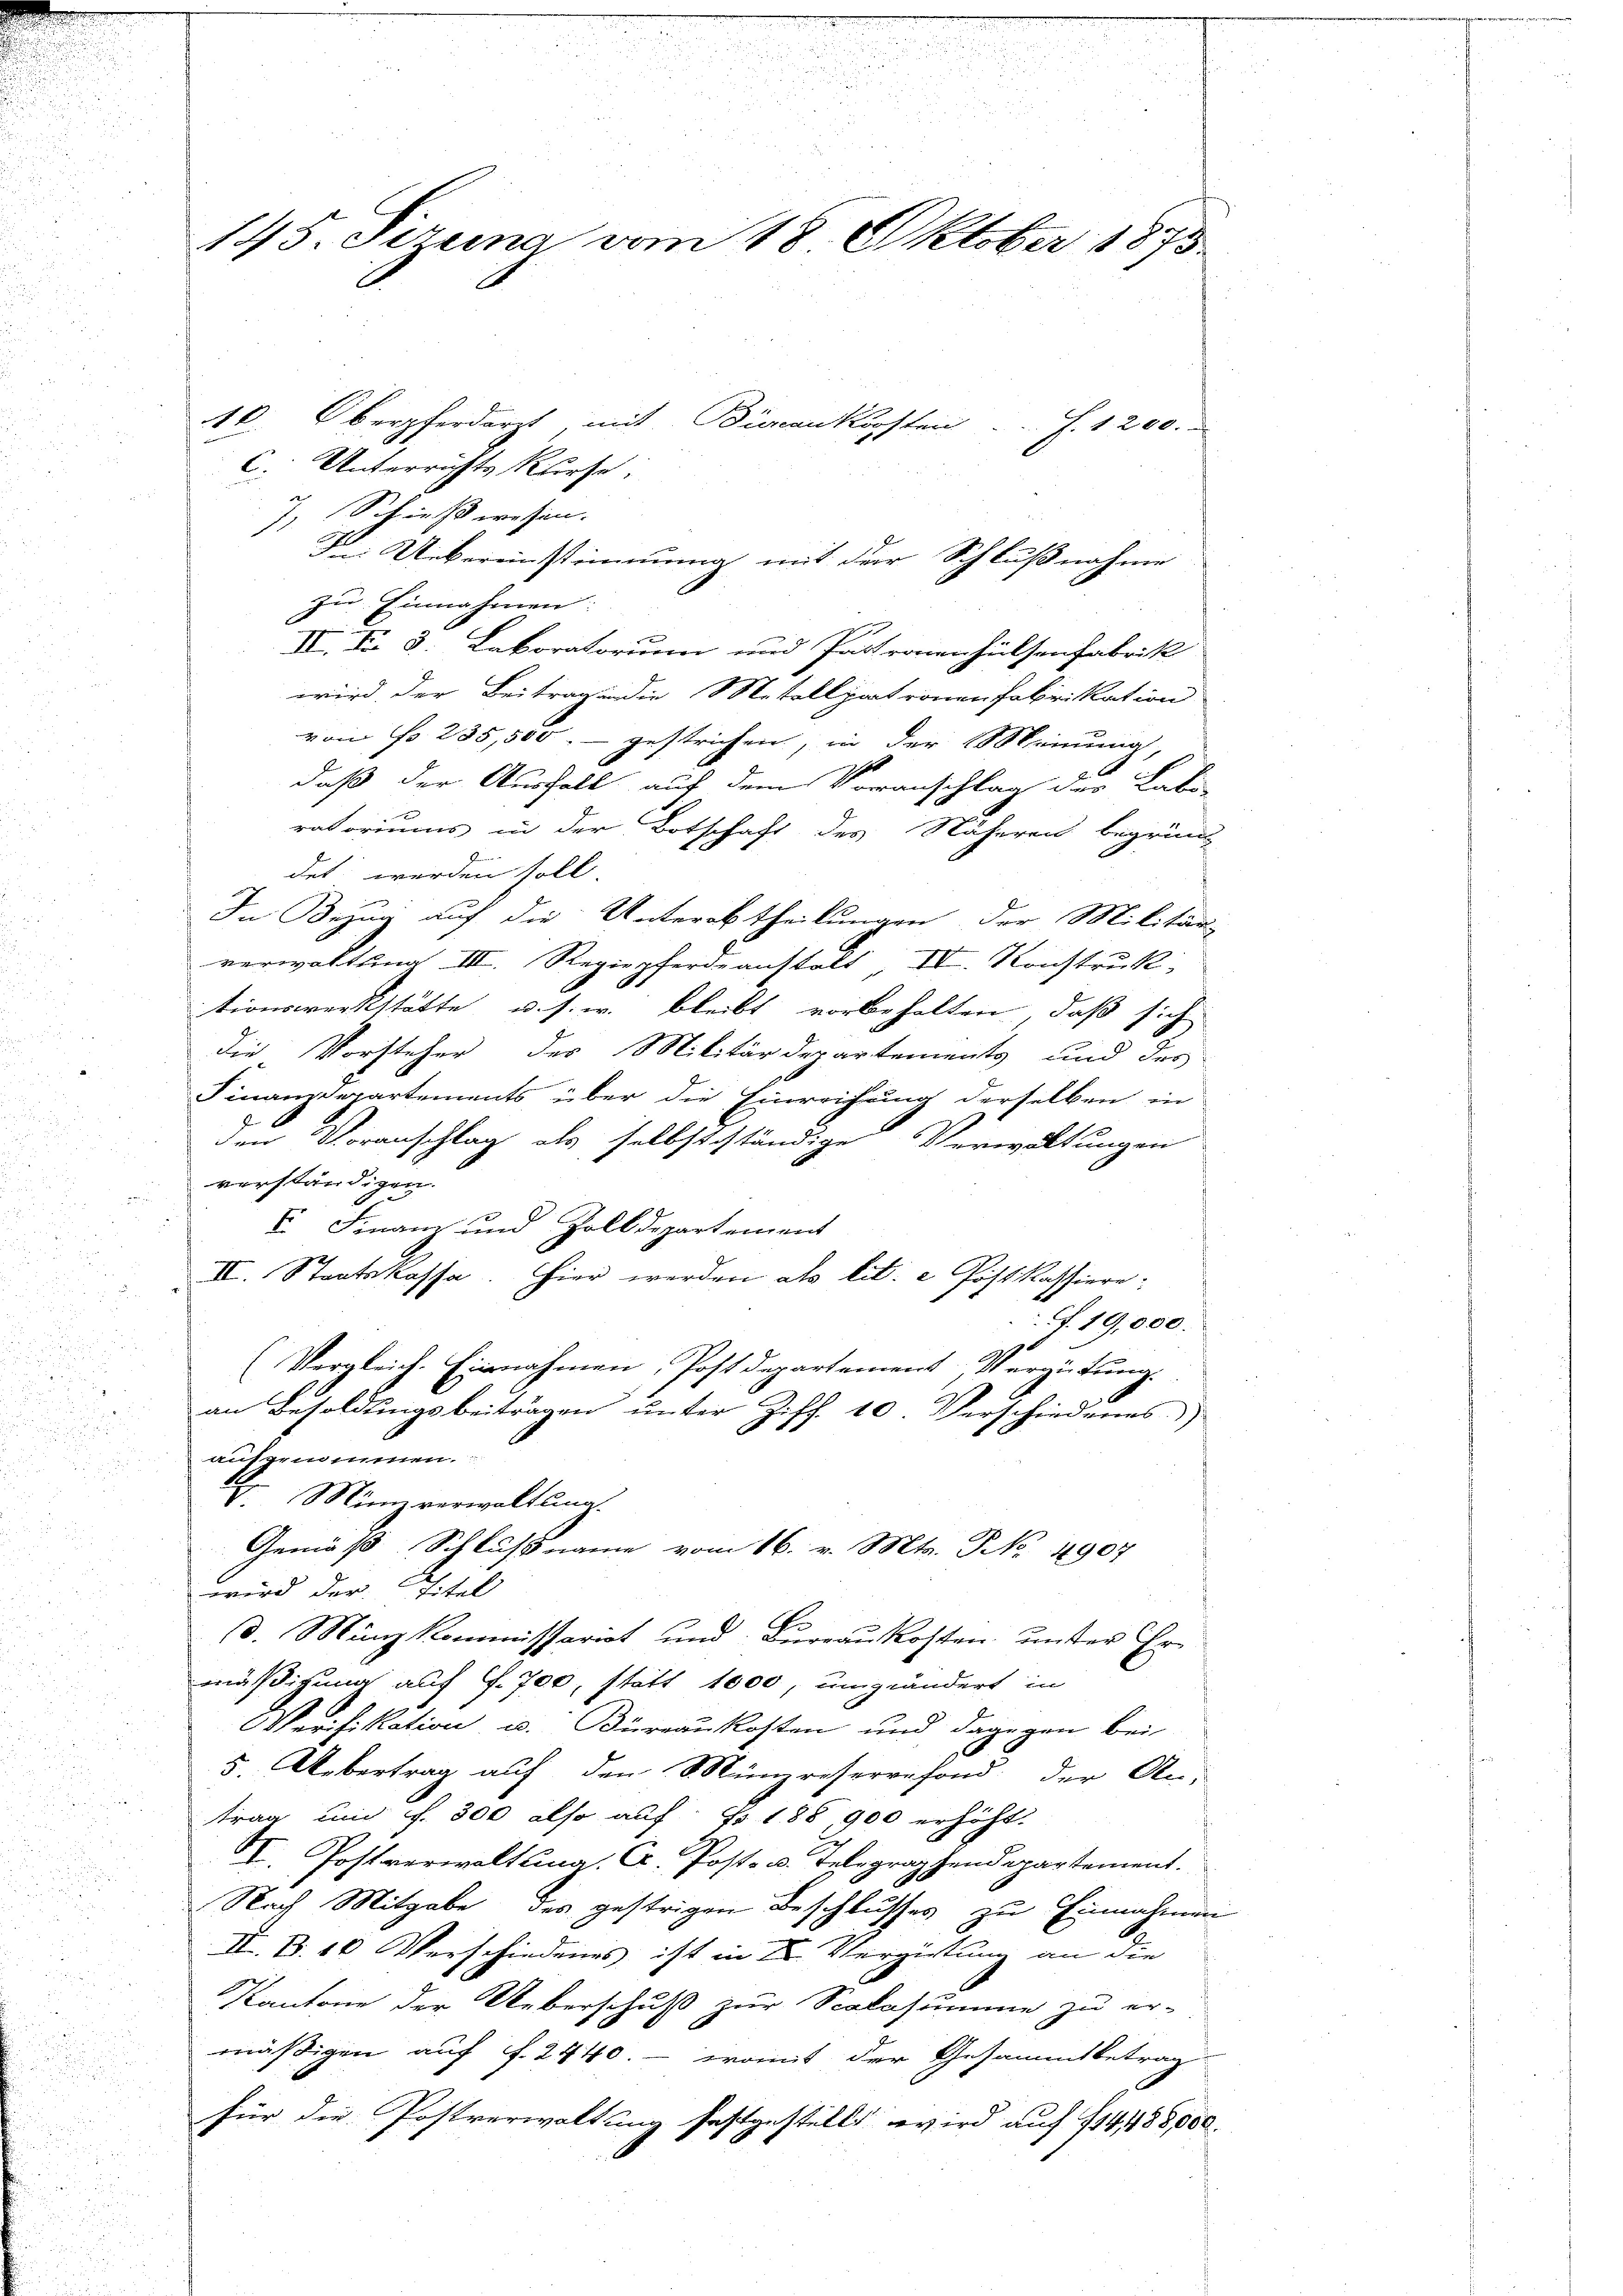
10. Oberpferdarzt, mit Bierankosten
J. 1200.
C. Unterrichts Kurse:
7, Schieß wesen.
F. Uebereinstimmung mit der Schlußnahme
zu Einnahmen
IV. N. 3 Lakoratorum und Pastronenhülsenfabrik
wird der Beitragen die Metallpatronen Fabrikation
von No 235,500.- gestrichen, in der Meinung,
daß der Ausfall auf dem Voranschlag des Labo
ratoriums in der Botschaft des Näheren begründ
g
det werden soll
In Bezug auf die Unterabtheilungen der Militär-
verwaltung III. Regiepferdeanstalt, IV. Konstruk-
tionswerkstätte u. s. w. bleibt vorbehalten, daß sich
die Vorsteher des Militärdepartements und des
Finanzdepartements über die Einreichung derselben in
2
den Voranschlag als selbstständige Verwaltungen
verständigen.
V. Finanz und Zolldepartement
II. Staatskassa. Hier werden als lit. e Postkassiere:
f. 19,000.
.
(Vergleich. Einnahmen, Postdepartement, Vergütung.
d

an Besoldungsbeiträgen unter Ziff. 10. Verschiedenes
1
aufgenommen.
.
u
V. Münzverwaltung.
Gemäß Schlußname vom 16. v. Mts. NNo. 4907
s
wird der Titel
d. Münzkommissariat und Bureaukosten unser Ermäßigung auf f. 700, statt 1000, umgeändert in
Verifikation u. Büreaukosten und dagegen bei
5. Uebertrag auf den Münzreservefond der An-
trag und f. 300 also auf Fr. 188 900 erhöht.
I. Postverwaltung. C. Post- u. Telegraphendepartement.
Nach Mitgabe des gestrigen Beschlusses zu Einnahmen
II. S. 10. Verschiedenes ist in Dr. Vergütung an die
Kantone der Ueberschuß zur Scalasumme zu er-
mäßigen auf f. 2440. - womit der Gesammtbetrag
für die Postverwaltung festgestellt wird auf 114, 188000
d

145. Sirung vom 18. Oktober 1873.